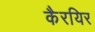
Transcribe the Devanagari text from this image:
कैरयिर